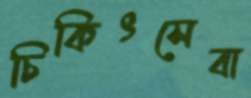
চিকিৎসেবা